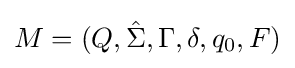
M=(Q,{\hat {\Sigma }},\Gamma ,\delta ,q_{0},F)